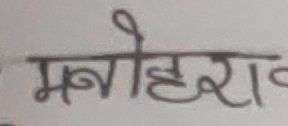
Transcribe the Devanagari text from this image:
मनोहरा